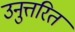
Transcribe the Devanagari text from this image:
उनुत्तरित